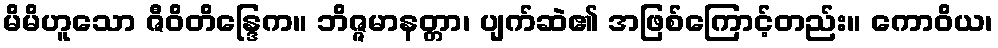
မိမိဟူသော ဇီဝိတိန္ဒြေက။ ဘိဇ္ဇမာနတ္တာ၊ ပျက်ဆဲ၏ အဖြစ်ကြောင့်တည်း။ ကောဝိယ၊